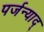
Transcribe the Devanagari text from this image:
पर्जन्याद्‌